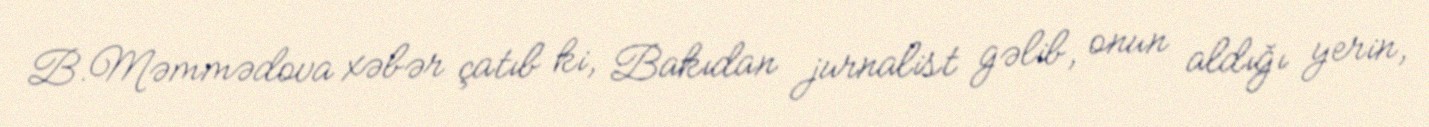
B.Məmmədova xəbər çatıb ki, Bakıdan jurnalist gəlib, onun aldığı yerin,